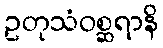
ဥတုသံဝစ္ဆရာနိ